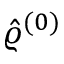
\hat { \varrho } ^ { ( 0 ) }